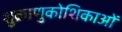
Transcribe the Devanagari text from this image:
शुक्राणुकोशिकाओं